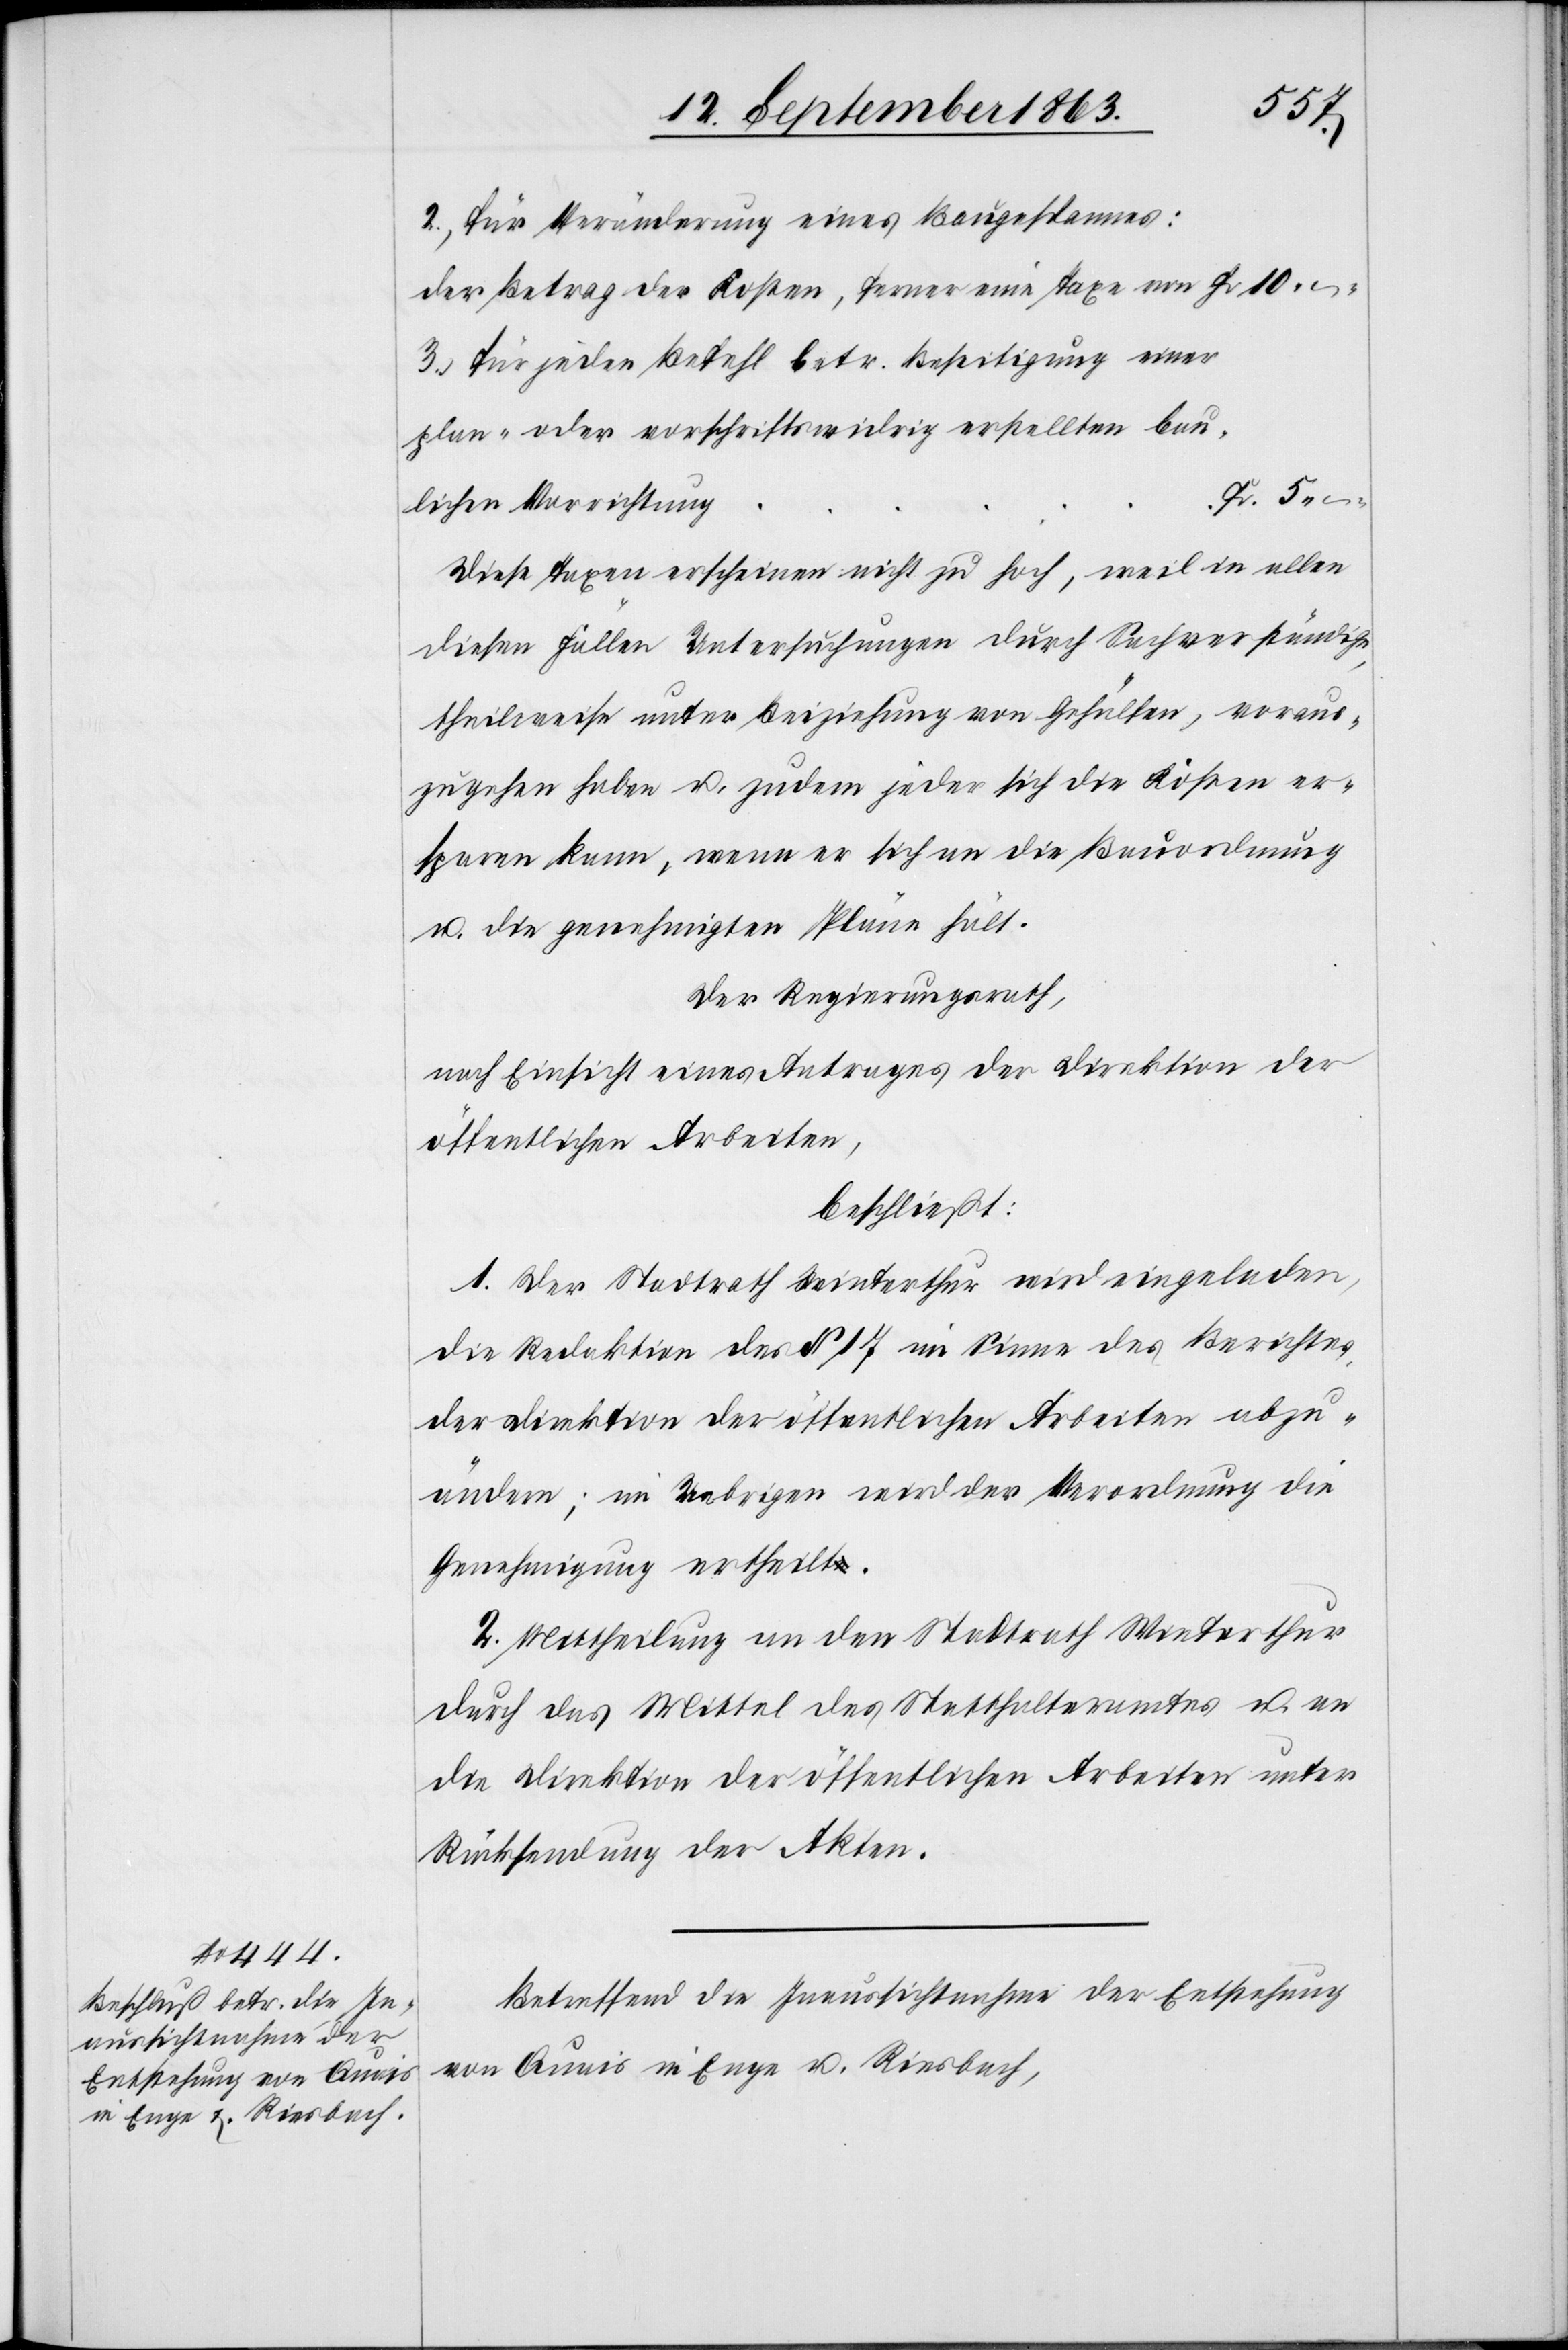
5. –.
2.) für Veränderung eines Baugespannes:
Der Betrag der Kosten, ferner eine Taxe von
3.) für jeden Befehl betr. Beseitigung einer
plan- oder vorschriftswidrig erstellten bau¬
lichen Vorrichtung
Diese Taxen erscheinen nicht zu hoch, weil in allen
diesen Fällen Untersuchungen durch Sachverständige,
theilweise unter Beiziehung von Gehülfen, voraus¬
zugehen haben u. zudem jeder sich die Kosten er¬
sparen kann, wenn er sich an die Bauordnung
u. die genehmigten Pläne hält.
Der Regierungsrath,
nach Einsicht eines Antrages der Direktion der
öffentlichen Arbeiten,
beschließt:
1. Der Stadtrath Winterthur wird eingeladen,
die Redaktion des § 17 im Sinne des Berichtes
der Direktion der öffentlichen Arbeiten abzu¬
ändern; im Uebrigen wird der Verordnung die
Genehmigung ertheilt.
2. Mittheilung an den Stadtrath Winterthur
durch das Mittel des Statthalteramtes u. an
die Direktion der öffentlichen Arbeiten unter
Rücksendung der Akten.
Betreffend die Inaussichtnahme der Entstehung
von Quais in Enge u. Riesbach,